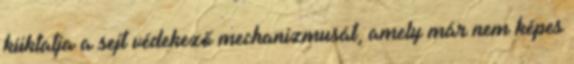
kiiktatja a sejt védekező mechanizmusát, amely már nem képes